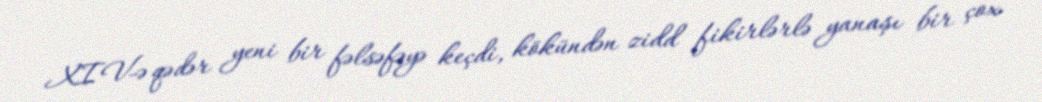
XIV-ə qədər yeni bir fəlsəfəyə keçdi, kökündən zidd fikirlərlə yanaşı bir çox